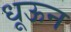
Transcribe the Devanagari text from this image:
धूऊन